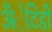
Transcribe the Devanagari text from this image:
अँेटिडी